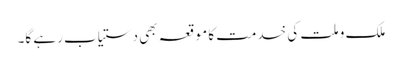
ملک و ملت کی خدمت کا موقعہ بھی دستیاب رہے گا۔